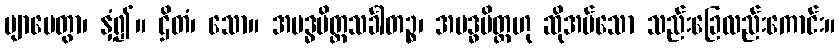
ဗျာပေတွာ၊ နှံ့၍။ ဌိတံ၊ သော။ အဗဒ္ဓပိတ္တသင်္ခါတဉ္စ၊ အဗဒ္ဓပိတ္တဟု ဆိုအပ်သော သည်းခြေလည်းကောင်း။